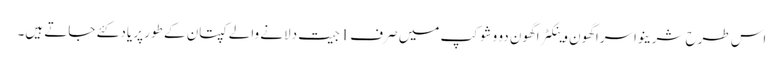
اس طرح شرینواسراگھون وینکٹراگھون دو وشوکپ میں صرف1جیت دلانے والے کپتان کے طور پر یاد کئے جاتے ہیں۔